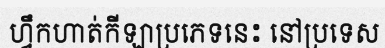
ហ្វឹកហាត់កីឡាប្រភេទនេះ នៅប្រទេស